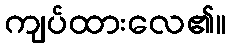
ကျပ်ထားလေ၏။